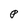
Character: P